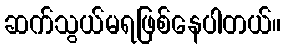
ဆက်သွယ်မရဖြစ်နေပါတယ်။